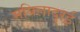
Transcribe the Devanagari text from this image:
मयिलादुरई